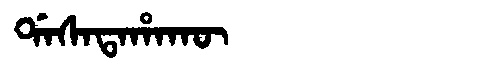
Manchu: ᡩᠠᠰᠠᡨᠠᡥᠠᡴᡡ
Romanization: DASATAHAKŪ